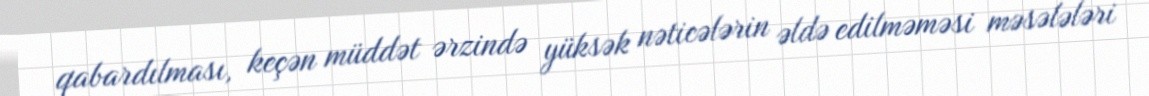
qabardılması, keçən müddət ərzində yüksək nəticələrin əldə edilməməsi məsələləri